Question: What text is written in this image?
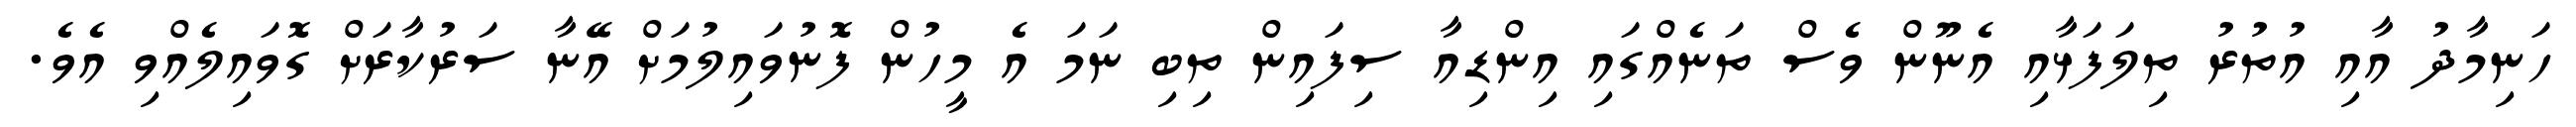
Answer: ހަނިމާދު އާއި އުތުރު ތިލަފަޅާއި އެނޫން ވެސް ތަނެއްގައި އިންޑިއާ ސިފައިން ތިބި ނަމަ އެ މީހުން ފޮނުވައިލުމަށް އޭނާ ސަރުކާރަށް ގޮވައިލެއްވި އެވެ.